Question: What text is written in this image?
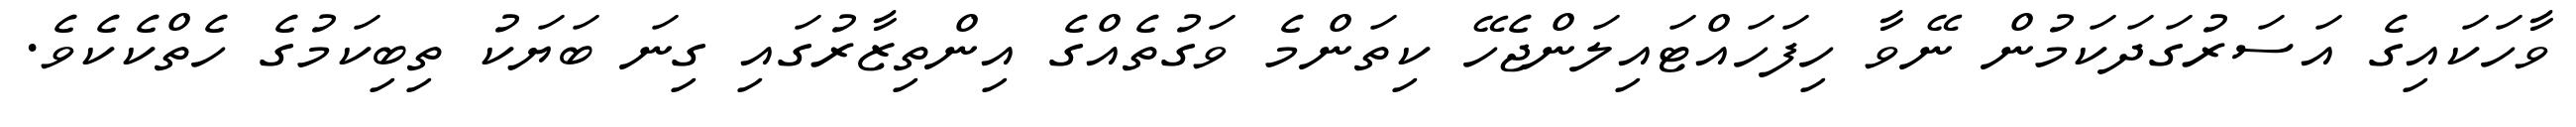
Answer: ވާހަކައިގެ އަސަރުގަދަކަމުން ނޭވާ ހިފަހައްޓައިލަންޖެހޭ ކިތަންމެ ވަގުތެއްގެ އިންތިޒާރުގައި ގިނަ ބަޔަކު ތިބިކަމުގެ ހެތްކެކެވެ.